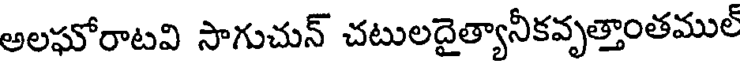
అలఘోరాటవి సాగుచున్ చటులదైత్యానీకవృత్తాంతముల్